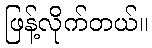
ဖြန့်လိုက်တယ်။